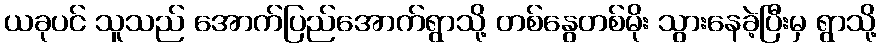
ယခုပင် သူသည် အောက်ပြည်အောက်ရွာသို့ တစ်နွေတစ်မိုး သွားနေခဲ့ပြီးမှ ရွာသို့